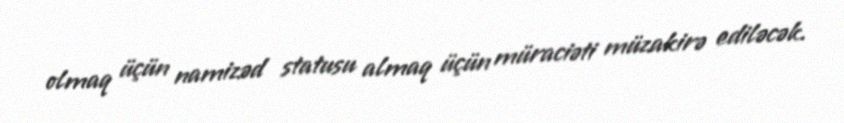
olmaq üçün namizəd statusu almaq üçün müraciəti müzakirə ediləcək.